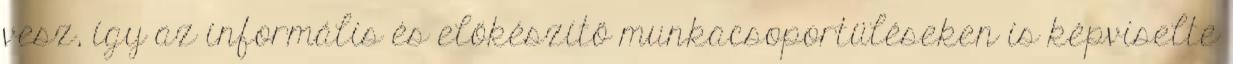
vesz, így az informális és előkészítő munkacsoportüléseken is képviselte